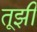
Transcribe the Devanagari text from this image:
तूझी